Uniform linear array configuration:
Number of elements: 8
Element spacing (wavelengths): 0.5
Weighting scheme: hann
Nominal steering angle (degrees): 45
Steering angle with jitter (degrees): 44.542
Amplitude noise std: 0.05
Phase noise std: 0.05

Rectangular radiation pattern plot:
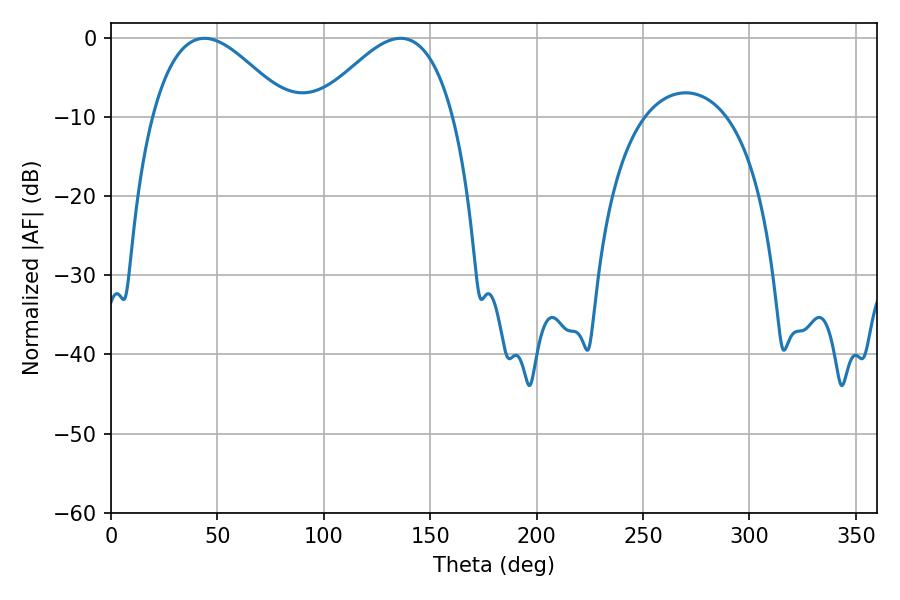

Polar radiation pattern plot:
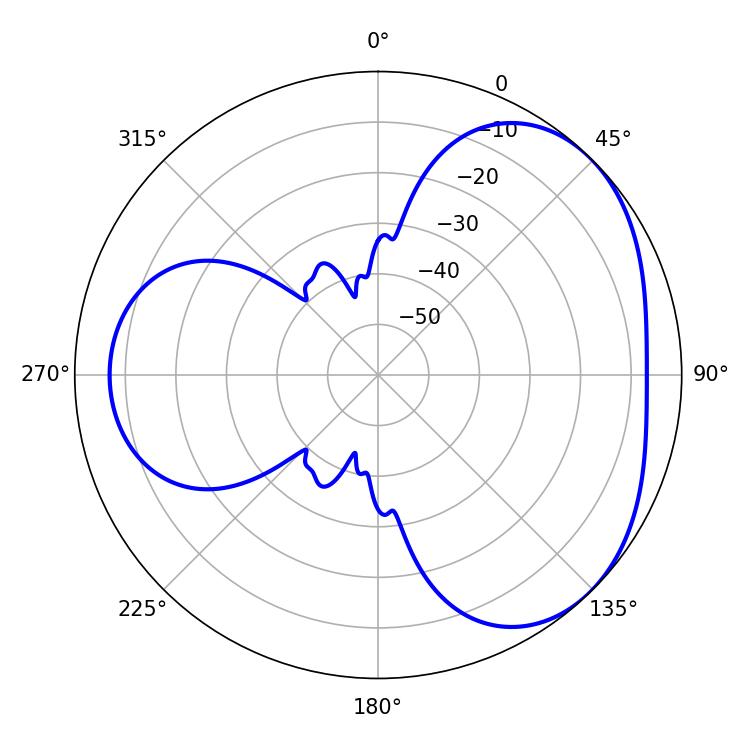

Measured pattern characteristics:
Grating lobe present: FALSE
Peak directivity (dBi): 3.642
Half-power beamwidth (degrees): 34.74
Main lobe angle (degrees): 43.92